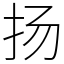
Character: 扬